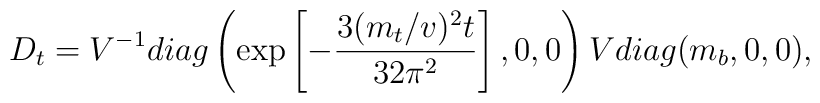
D_t = V^{-1} diag \left(\exp\left[-\frac{3(m_t/v)^2 t}{32 \pi^2} \right],   0, 0 \right) V diag(m_b, 0, 0),